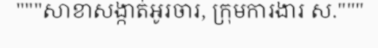
"""សាខាសង្កាត់អូរចារ, ក្រុមការងារ ស."""